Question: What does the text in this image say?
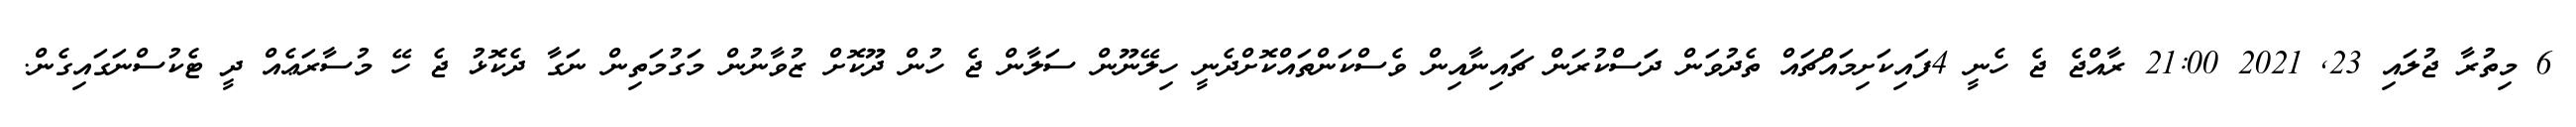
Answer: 6 މިތުރާ ޖުލައި 23, 2021 21:00 ރާއްޖެ ޖެ ހެނީ 4ފައިކަށިމައްޗައް ތެދުވަން ދަަސްކުރަން ޗައިނާއިން ވެސްކަންތައްކޮށްދެނީ ހިލޭނޫން ސަލާން ޖެ ހުން ދޫކޮށް ޒުވާނުން މަގުމަތިން ނަގާ ދެކޮޅު ޖެ ހޭ މުސާރަޢެއް ދީ ޓެކުސްނަގައިގެން.